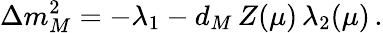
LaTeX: \Delta m_{M}^{2}=-\lambda_{1}-d_{M}\, Z(\mu)\, \lambda_{2}(\mu)\, .